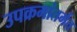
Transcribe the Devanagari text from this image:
उपक्रमांतर्गत